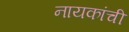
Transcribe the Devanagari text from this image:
नायकांची